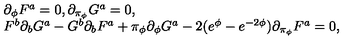
\left. \begin{array} { l } { \partial _ { \phi } F ^ { a } = 0 , \partial _ { \pi _ { \phi } } G ^ { a } = 0 , } \\ { F ^ { b } \partial _ { b } G ^ { a } - G ^ { b } \partial _ { b } F ^ { a } + \pi _ { \phi } \partial _ { \phi } G ^ { a } - 2 ( e ^ { \phi } - e ^ { - 2 \phi } ) \partial _ { \pi _ { \phi } } F ^ { a } = 0 , } \\ \end{array} \right.